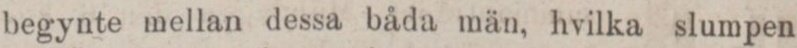
begynte mellan dessa båda män, hvilka slumpen